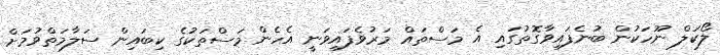
ލޯކަލް ނޫހަކުން ބުނެފައިވާގޮތުގައި އެ މަސްތައް މަރުވެފައިވަނީ އެހެން މަސްތަކުގެ ކިބައިން ސަލާމަތްވުމަށް